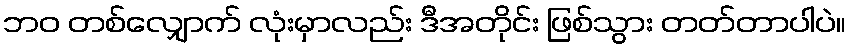
ဘဝ တစ်လျှောက် လုံးမှာလည်း ဒီအတိုင်း ဖြစ်သွား တတ်တာပါပဲ။